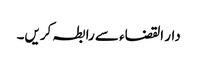
دار القضاء سے رابطہ کریں۔